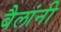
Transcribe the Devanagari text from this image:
बैलांनी